Lunatic asylums Central Provinces reports 1910-1926 - 1910-1926
Year: 1910
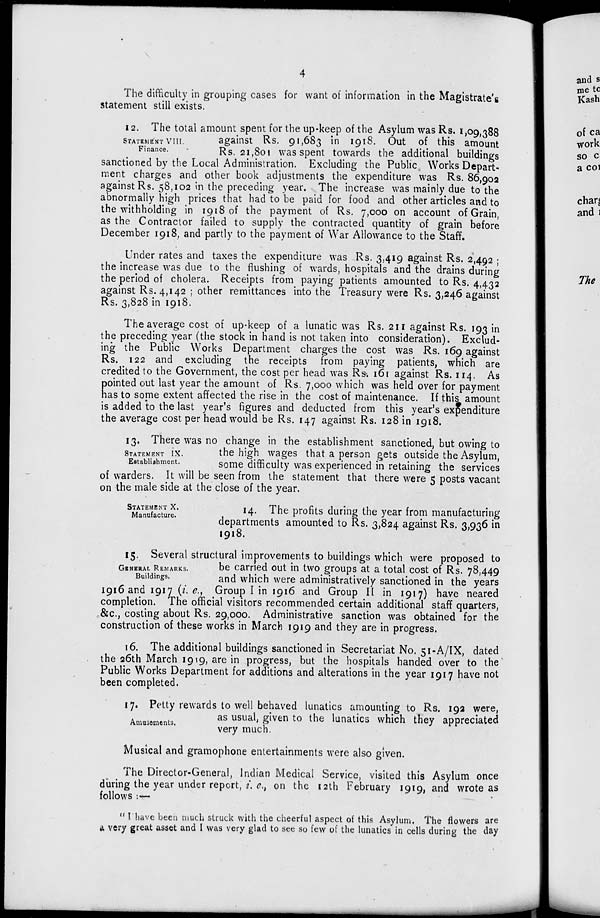
4
The difficulty in grouping cases for want of information in the Magistrate's
statement still exists.
STATEMENT VIII.
Finance.
12. The total amount spent for the up-keep of the Asylum was Rs. 1,09,388
against Rs. 91,683 in 1918. Out of this amount
Rs. 21,801 was spent towards the additional buildings
sanctioned by the Local Administration. Excluding the Public Works Depart-
ment charges and other book adjustments the expenditure was Rs. 86,902
against Rs. 58,102 in the preceding year. The increase was mainly due to the
abnormally high prices that had to be paid for food and other articles and to
the withholding in 1918 of the payment of Rs. 7,000 on account of Grain,
as the Contractor failed to supply the contracted quantity of grain before
December 1918, and partly to the payment of War Allowance to the Staff.
Under rates and taxes the expenditure was Rs. 3,419 against Rs. 2,492 ;
the increase was due to the flushing of wards, hospitals and the drains during
the period of cholera. Receipts from paying patients amounted to Rs. 4,432
against Rs. 4,142 ; other remittances into the Treasury were Rs. 3,246 against
Rs. 3,828 in 1918.
The average cost of up-keep of a lunatic was Rs. 211 against Rs. 193 in
the preceding year (the stock in hand is not taken into consideration). Exclud-
ing the Public Works Department charges the cost was Rs. 169 against
Rs. 122 and excluding the receipts from paying patients, which are
credited to the Government, the cost per head was Rs. 161 against Rs. 114. As
pointed out last year the amount of Rs. 7,000 which was held over for payment
has to some extent affected the rise in the cost of maintenance. If this amount
is added to the last year's figures and deducted from this year's expenditure
the average cost per head would be Rs. 147 against Rs. 128 in 1918.
STATEMENT IX.
Establishment.
13. There was no change in the establishment sanctioned, but owing to
the high wages that a person gets outside the Asylum,
some difficulty was experienced in retaining the services
of warders. It will be seen from the statement that there were 5 posts vacant
on the male side at the close of the year.
STATEMENT X.
Manufacture.
14. The profits during the year from manufacturing
departments amounted to Rs. 3,824 against Rs. 3,936 in
1918.
GENERAL REMARKS.
Buildings.
15. Several structural improvements to buildings which were proposed to
be carried out in two groups at a total cost of Rs. 78,449
and which were administratively sanctioned in the years
1916 and 1917 (i. e., Group I in 1916 and Group II in 1917) have neared
completion. The official visitors recommended certain additional staff quarters,
&c., costing about Rs. 29,000. Administrative sanction was obtained for the
construction of these works in March 1919 and they are in progress.
16. The additional buildings sanctioned in Secretariat No. 51-A/IX, dated
the 26th March 1919, are in progress, but the hospitals handed over to the
Public Works Department for additions and alterations in the year 1917 have not
been completed.
Amusements.
17. Petty rewards to well behaved lunatics amounting to Rs. 192 were,
as usual, given to the lunatics which they appreciated
very much.
Musical and gramophone entertainments were also given.
The Director-General, Indian Medical Service, visited this Asylum once
during the year under report, i. e., on the 12th February 1919, and wrote as
follows :—
"I have been much struck with the cheerful aspect of this Asylum. The flowers are
a very great asset and I was very glad to see so few of the lunatics in cells during the day